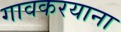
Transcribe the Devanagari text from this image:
गावकरयाना